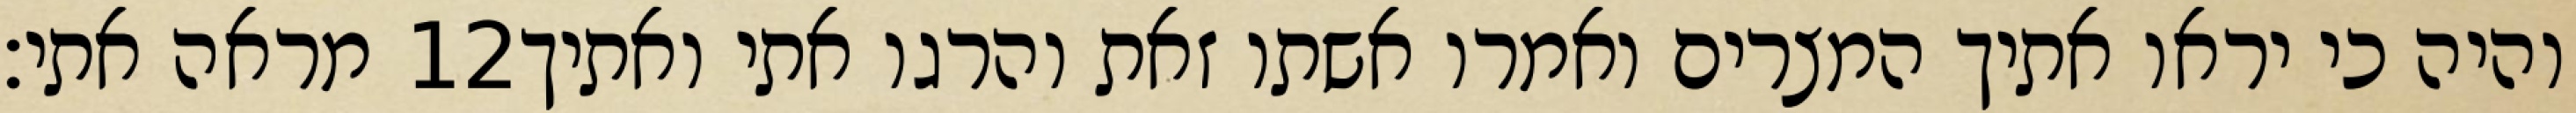
מראה אתי׃ ‎12‏ והיה כי יראו אתיך המצרים ואמרו אשתו זאת והרגו אתי ואתיך